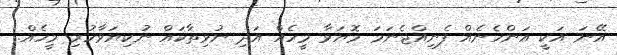
އޭނަ އަކީ އަންހެނެއް ފެނިއްޖެނަމަ މޮޔަވާ މީހެއް އަދި ނުވިތާކައް ނުކިޔަވާހުރި މީހެއް.